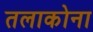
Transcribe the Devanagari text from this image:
तलाकोना